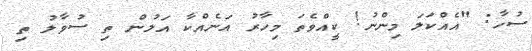
ސުހާ: "އެއްކަލަ މިންނު! ކީއްވެތަ މިހާރު އަނެއްކާ އަލުން ތި ސުވާލު ތި